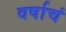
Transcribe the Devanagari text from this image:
वर्षाचं